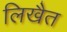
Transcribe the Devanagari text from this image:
लिखैत